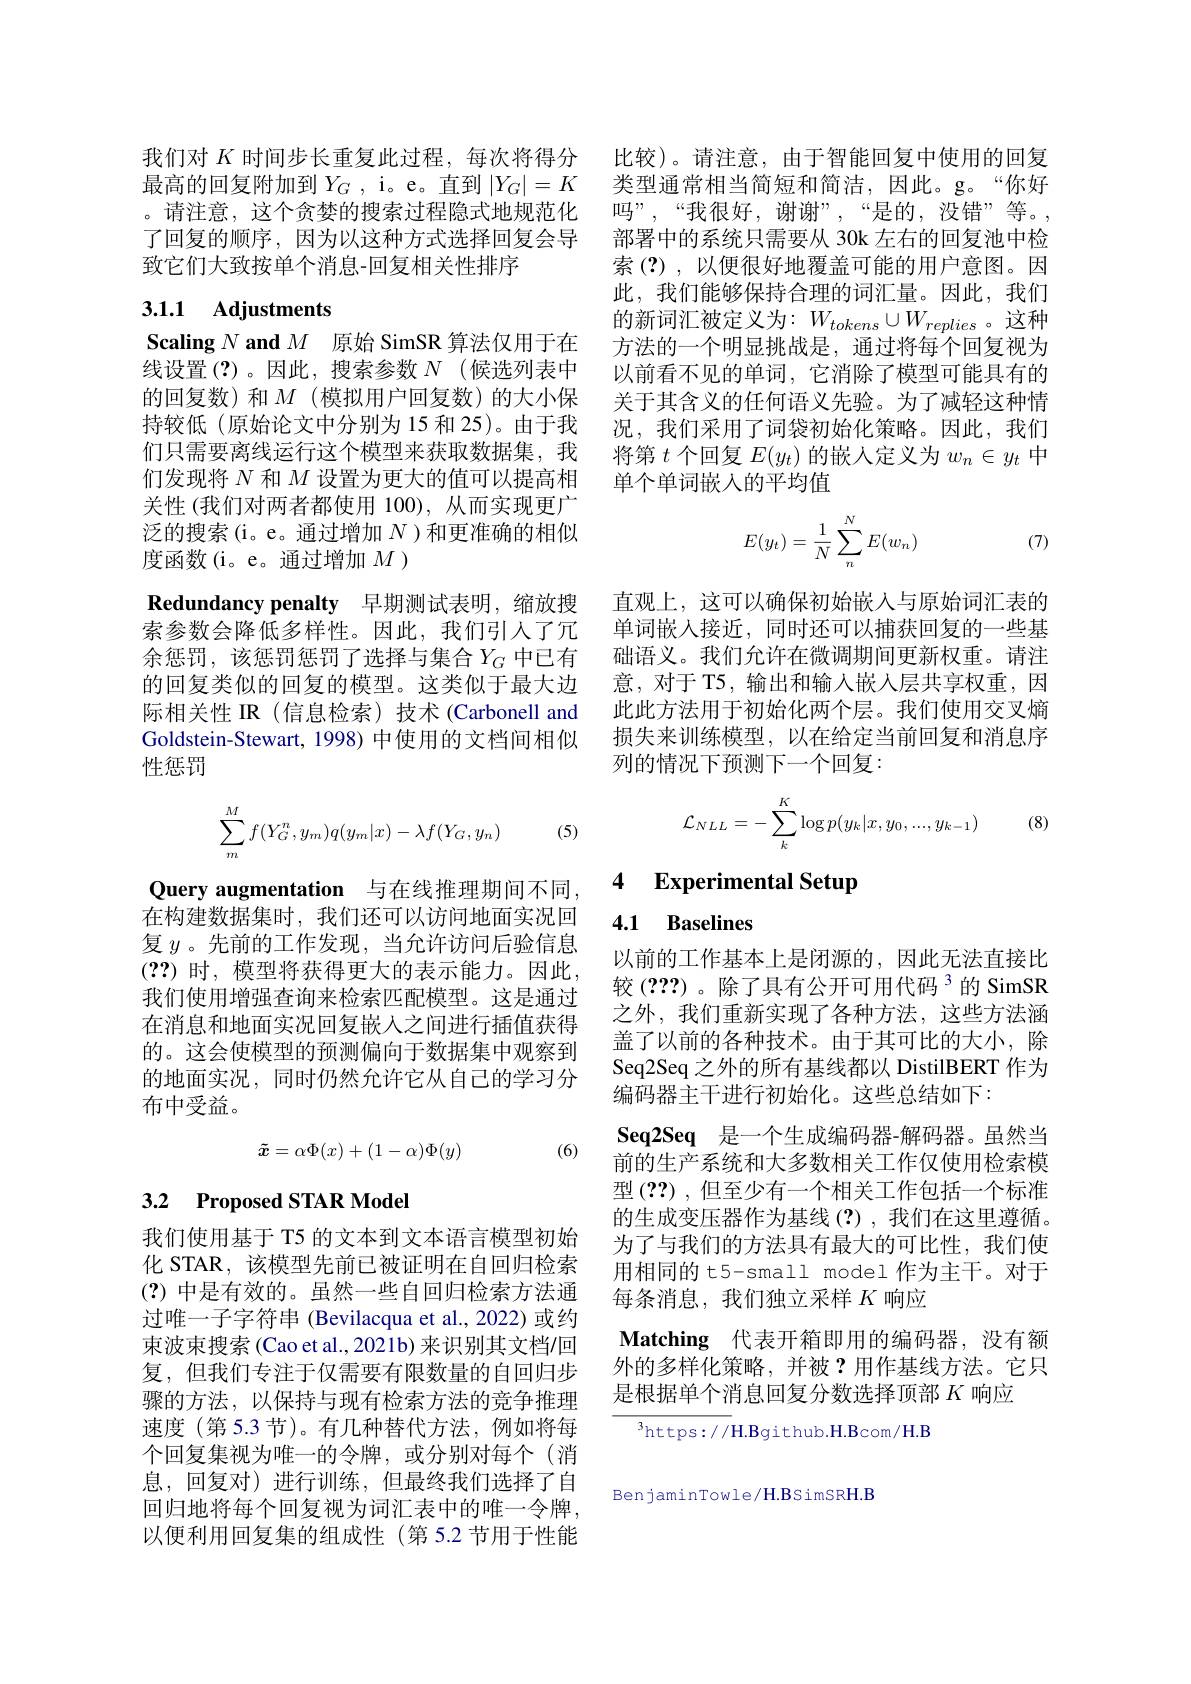
我们对$K$时间步长重复此过程，每次将得分 比较)。请注意，由于智能回复中使用的回复最高的回复附加到$Y_G$ ,i。e。直到 $|Y_G|=K$ 类型通常相当简短和简洁，因此。g。“你好。请注意，这个贪婪的搜索过程隐式地规范化 吗”,“我很好，谢谢”,“是的，没错”等。, 了回复的顺序，因为以这种方式选择回复会导 部署中的系统只需要从 30k 左右的回复池中检致它们大致按单个消息-回复相关性排序

## 3.1.1 Adjustments

Scaling $N\textbf{ and }M$原始 SimSR 算法仅用于在线设置(?)。因此，搜索参数$N$ (候选列表中的回复数)和$M$(模拟用户回复数)的大小保持较低(原始论文中分别为 15 和 25)。由于我们只需要离线运行这个模型来获取数据集，我们发现将$N$和$M$设置为更大的值可以提高相关性(我们对两者都使用 100), 从而实现更广泛的搜索(i。e。通过增加$N$ )和更准确的相似度函数(i。e。通过增加$M$ )
Redundancy penalty 早期测试表明，缩放搜索参数会降低多样性。因此，我们引入了冗余惩罚，该惩罚惩罚了选择与集合$Y_G$ 中已有的回复类似的回复的模型。这类似于最大边际相关性 IR (信息检索) 技术 (Carbonell and Goldstein-Stewart, 1998) 中使用的文档间相似性惩罚

Query augmentation 与在线推理期间不同， 在构建数据集时，我们还可以访问地面实况回复$y$。先前的工作发现，当允许访问后验信息(??) 时，模型将获得更大的表示能力。因此， 我们使用增强查询来检索匹配模型。这是通过在消息和地面实况回复嵌入之间进行插值获得的。这会使模型的预测偏向于数据集中观察到的地面实况，同时仍然允许它从自己的学习分布中受益。

(6)
$$\tilde{\boldsymbol{x}}=\alpha\Phi(x)+(1-\alpha)\Phi(y)$$
# 3.2 Proposed STAR Model

我们使用基于 T5 的文本到文本语言模型初始化 STAR, 该模型先前已被证明在自回归检索(?)中是有效的。虽然一些自回归检索方法通过唯一子字符串 (Bevilacqua et al., 2022)或约束波束搜索(Cao et al.,2021b) 来识别其文档/回复，但我们专注于仅需要有限数量的自回归步骤的方法，以保持与现有检索方法的竞争推理速度 (第 5.3 节)。有几种替代方法，例如将每个回复集视为唯一的令牌，或分别对每个(消息，回复对)进行训练，但最终我们选择了自回归地将每个回复视为词汇表中的唯一令牌， 以便利用回复集的组成性(第 5.2 节用于性能

索(?),以便很好地覆盖可能的用户意图。因此，我们能够保持合理的词汇量。因此，我们的新词汇被定义为：$W_tokens\cup W_{replies}$。这种方法的一个明显挑战是，通过将每个回复视为以前看不见的单词，它消除了模型可能具有的关于其含义的任何语义先验。为了减轻这种情况，我们采用了词袋初始化策略。因此，我们将第$t$个回复$E(y_t)$的嵌入定义为$w_n\in y_t$中单个单词嵌入的平均值
$$E(y_t)=\frac{1}{N}\sum_n^NE(w_n)$$
(7)

直观上，这可以确保初始嵌入与原始词汇表的单词嵌人接近，同时还可以捕获回复的一些基础语义。我们允许在微调期间更新权重。请注意，对于 T5, 输出和输入嵌人层共享权重，因此此方法用于初始化两个层。我们使用交叉熵损失来训练模型，以在给定当前回复和消息序列的情况下预测下一个回复：
$$\sum_{m}^{M}f(Y_{G}^{n},y_{m})q(y_{m}|x)-\lambda f(Y_{G},y_{n})\quad(5)\quad\mathcal{L}_{NLL}=-\sum_{k}^{K}\log p(y_{k}|x,y_{0},...,y_{k-1})$$
(8)

## 4 Experimental Setup

4.1 Baselines

以前的工作基本上是闭源的，因此无法直接比较(???)。除了具有公开可用代码$^{3}$的 SimSR 之外，我们重新实现了各种方法，这些方法涵盖了以前的各种技术。由于其可比的大小，除Seq2Seq 之外的所有基线都以 DistilBERT 作为编码器主干进行初始化。这些总结如下：
Seq2Seq 是一个生成编码器-解码器。虽然当前的生产系统和大多数相关工作仅使用检索模型(??) , 但至少有一个相关工作包括一个标准的生成变压器作为基线(?),我们在这里遵循。为了与我们的方法具有最大的可比性，我们使用相同的 t5-small model 作为主干。对于每条消息，我们独立采样$K$响应
Matching 代表开箱即用的编码器，没有额外的多样化策略，并被？用作基线方法。它只是根据单个消息回复分数选择顶部$K$响应

$^3$https://H.Bgithub.H.Bcom/H.B

Ben jaminTowle/H.BSimSRH.B